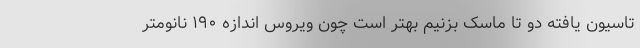
تاسیون یافته دو تا ماسک بزنیم بهتر است چون ویروس اندازه ۱۹۰ نانومتر